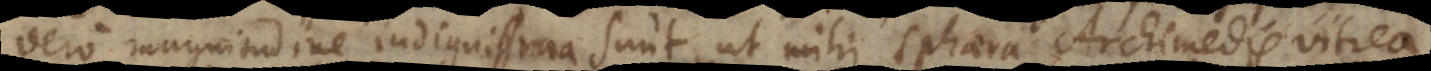
vero magnitudine indignissima sunt, ut mihi sphaera Archimedis vitrea